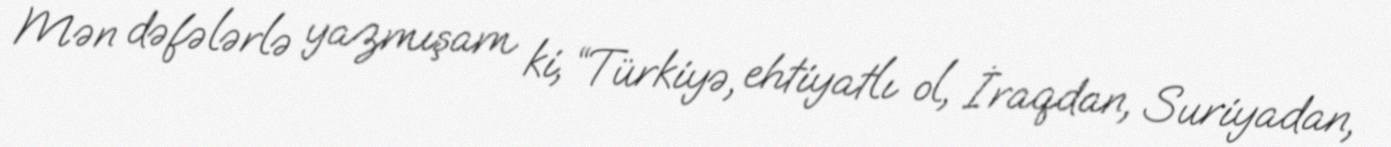
Mən dəfələrlə yazmışam ki, “Türkiyə, ehtiyatlı ol, İraqdan, Suriyadan,